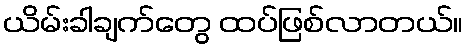
ယိမ်းခါချက်တွေ ထပ်ဖြစ်လာတယ်။